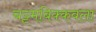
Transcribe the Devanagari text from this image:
चट्टमबिक्कवला